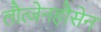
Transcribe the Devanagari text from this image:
लौत्जेनहौसेन